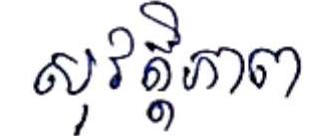
សុវត្តិភាព